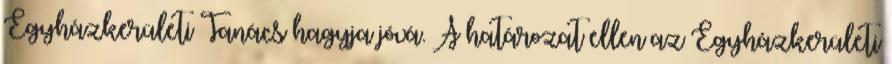
Egyházkerületi Tanács hagyja jóvá. A határozat ellen az Egyházkerületi